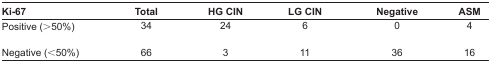
<table><thead><tr><td><b>Ki-67</b></td><td><b>Total</b></td><td><b>HG CIN</b></td><td><b>LG CIN</b></td><td><b>Negative</b></td><td><b>ASM</b></td></tr></thead><tbody><tr><td>Positive (&gt;50%)</td><td>34</td><td>24</td><td>6</td><td>0</td><td>4</td></tr><tr><td>Negative (&lt;50%)</td><td>66</td><td>3</td><td>11</td><td>36</td><td>16</td></tr></tbody></table>